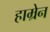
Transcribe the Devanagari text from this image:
हाम्रेन